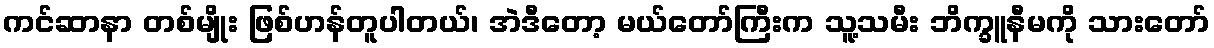
ကင်ဆာနာ တစ်မျိုး ဖြစ်ဟန်တူပါတယ်၊ အဲဒီတော့ မယ်တော်ကြီးက သူ့သမီး ဘိက္ခူနီမကို သားတော်